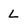
Character: L